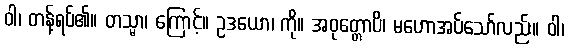
ဝါ၊ တန့်ရပ်၏။ တသ္မာ၊ ကြောင့်။ ဥဒယော၊ ကို။ အဝုတ္တောပိ၊ မဟောအပ်သော်လည်း။ ဝါ၊